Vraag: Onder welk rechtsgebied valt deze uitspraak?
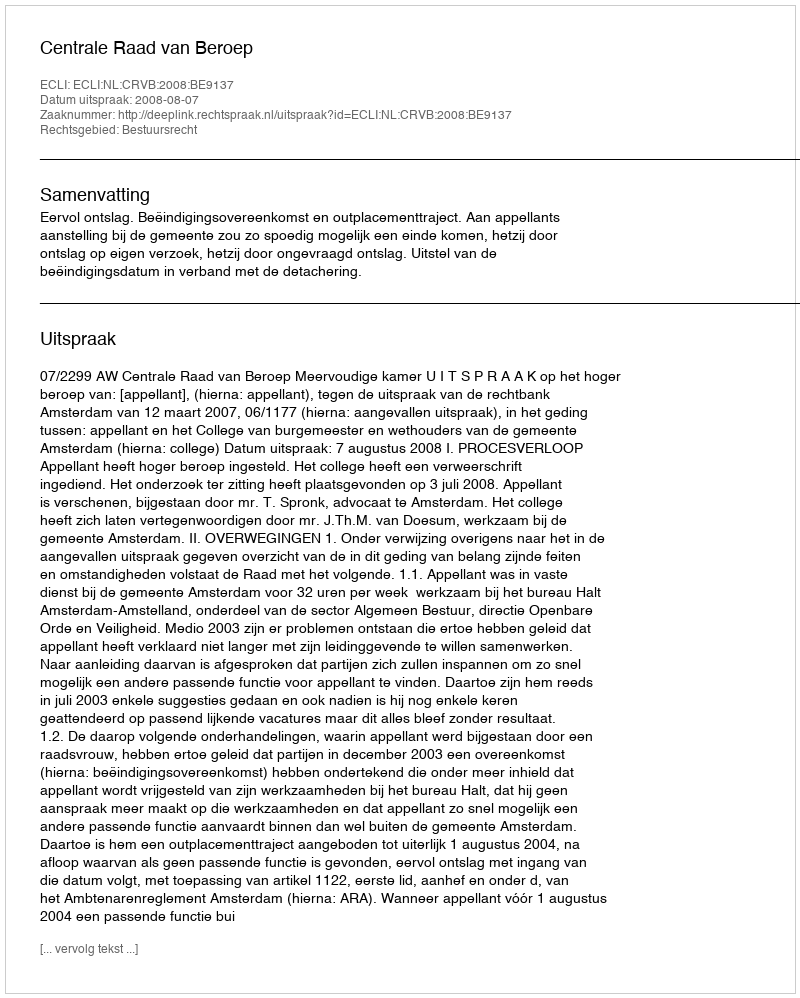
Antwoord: Bestuursrecht